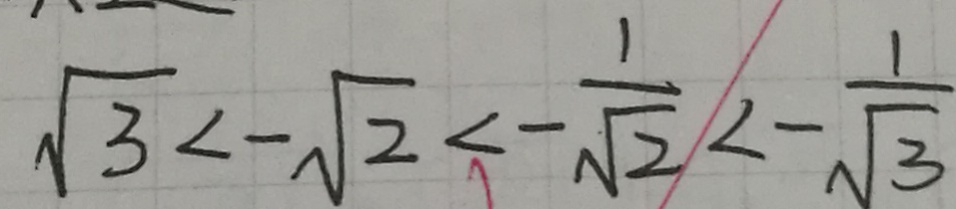
\sqrt { 3 } < - \sqrt { 2 } < - \frac { 1 } { \sqrt { 2 } } < - \frac { 1 } { \sqrt { 3 } }